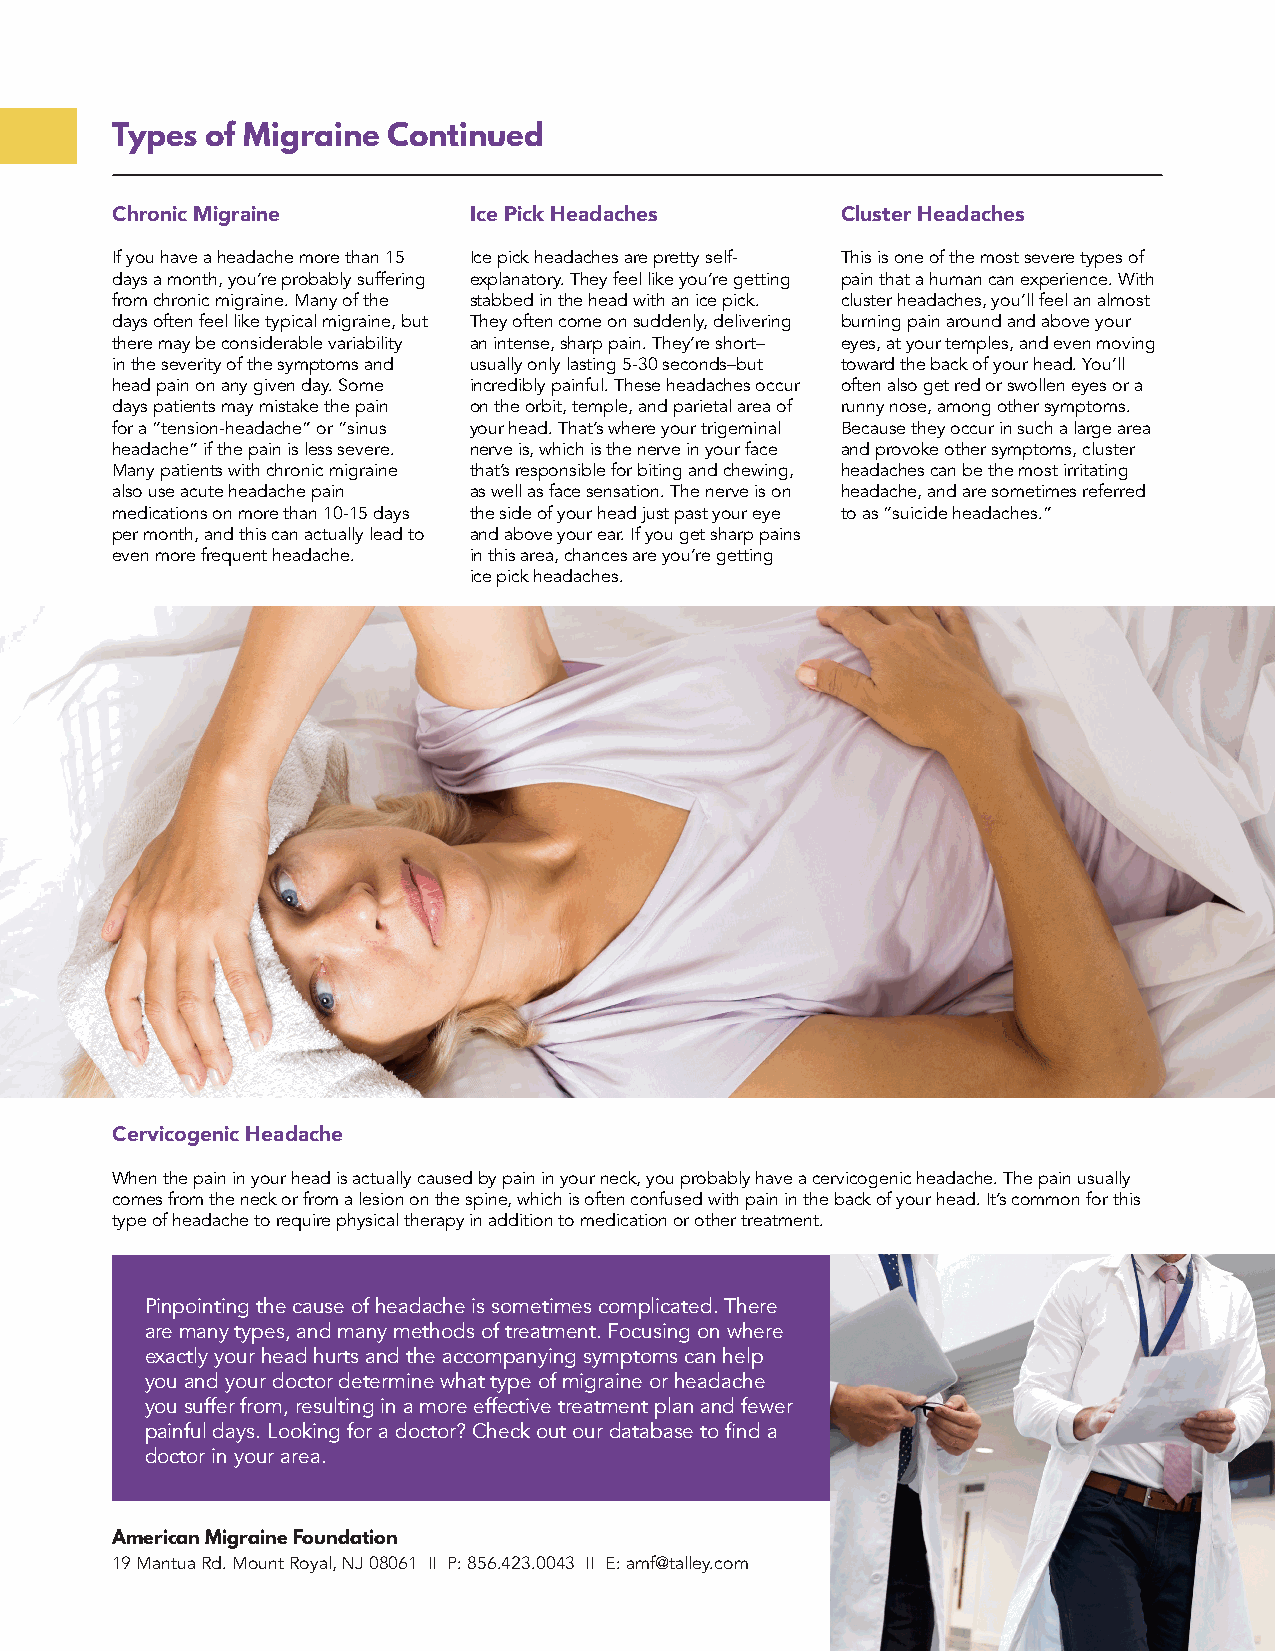
Types  of Migraine Continued
 Chronic Migraine        Ice Pick Headaches       Cluster Headaches
 If you have a headache more than 15 Ice pick headaches are pretty self- This is one of the most severe types of
 days a month, you’re probably suffering explanatory. They feel like you’re getting pain that a human can experience. With
 from chronic migraine. Many of the stabbed in the head with an ice pick. cluster headaches, you’ll feel an almost
 days often feel like typical migraine, but They often come on suddenly, delivering burning pain around and above your
 there may be considerable variability an intense, sharp pain. They’re short– eyes, at your temples, and even moving
 in the severity of the symptoms and usually only lasting 5-30 seconds–but toward the back of your head. You’ll
 head pain on any given day. Some incredibly painful. These headaches occur often also get red or swollen eyes or a
 days patients may mistake the pain on the orbit, temple, and parietal area of runny nose, among other symptoms.
 for a “tension-headache” or “sinus your head. That’s where your trigeminal Because they occur in such a large area
 headache” if the pain is less severe. nerve is, which is the nerve in your face and provoke other symptoms, cluster
 Many patients with chronic migraine that’s responsible for biting and chewing, headaches can be the most irritating
 also use acute headache pain as well as face sensation. The nerve is on headache, and are sometimes referred
 medications on more than 10-15 days the side of your head just past your eye to as “suicide headaches.”
 per month, and this can actually lead to and above your ear. If you get sharp pains
 even more frequent headache. in this area, chances are you’re getting
 ice pick headaches.
 Cervicogenic Headache
 When the pain in your head is actually caused by pain in your neck, you probably have a cervicogenic headache. The pain usually
 comes from the neck or from a lesion on the spine, which is often confused with pain in the back of your head. It’s common for this
 type of headache to require physical therapy in addition to medication or other treatment.
 Pinpointing the cause of headache is sometimes complicated. There
 are many types, and many methods of treatment. Focusing on where
 exactly your head hurts and the accompanying symptoms can help
 you and your doctor determine what type of migraine or headache
 you suffer from, resulting in a more effective treatment plan and fewer
 painful days. Looking for a doctor? Check out our database to find a
 doctor in your area.
 American Migraine Foundation
 19 Mantua Rd. Mount Royal, NJ 08061 II P: 856.423.0043 II E: amf@talley.com